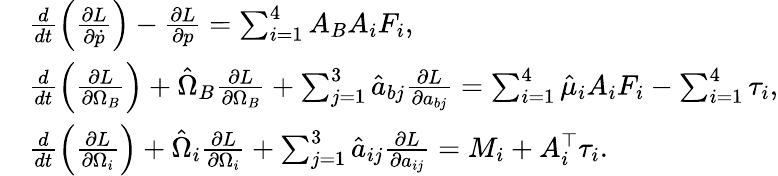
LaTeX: \begin{array}{rl}&{\frac{d}{dt}\left(\frac{\partial L}{\partial\dot{p}}\right)-\frac{\partial L}{\partial p}=\sum_{i=1}^{4}A_{B}A_{i}F_{i},}\\ &{\frac{d}{dt}\left(\frac{\partial L}{\partial\Omega_{B}}\right)+\hat{\Omega}_{B}\frac{\partial L}{\partial\Omega_{B}}+\sum_{j=1}^{3}\hat{a}_{bj}\frac{\partial L}{\partial a_{bj}}=\sum_{i=1}^{4}\hat{\mu}_{i}A_{i}F_{i}-\sum_{i=1}^{4}\tau_{i},}\\ &{\frac{d}{dt}\left(\frac{\partial L}{\partial\Omega_{i}}\right)+\hat{\Omega}_{i}\frac{\partial L}{\partial\Omega_{i}}+\sum_{j=1}^{3}\hat{a}_{ij}\frac{\partial L}{\partial a_{ij}}=M_{i}+A_{i}^{\top}\tau_{i}.}\end{array}